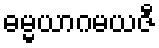
ဓမ္မယာဂမယဇီ